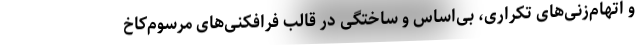
و اتهام‌زنی‌های تکراری، بی‌اساس و ساختگی در قالب فرافکنی‌های مرسوم‌کاخ